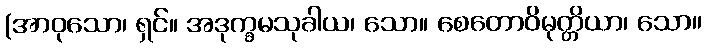
(အာဝုသော၊ ရှင်။ အဒုက္ခမသုခါယ၊ သော။ စေတောဝိမုတ္တိယာ၊ သော။